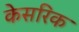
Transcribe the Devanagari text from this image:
केसरिक